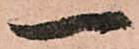
一